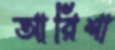
আরিশা